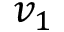
v _ { 1 }